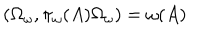
\left( \Omega _ { \omega } , \pi _ { \omega } ( A ) \Omega _ { \omega } \right) = \omega ( A )